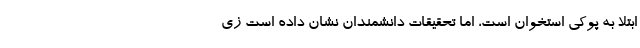
ابتلا به پوکی استخوان است، اما تحقیقات دانشمندان نشان داده است زی